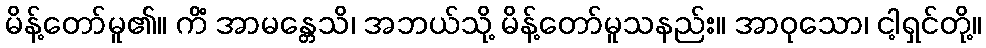
မိန့်တော်မူ၏။ ကိံ အာမန္တေသိ၊ အဘယ်သို့ မိန့်တော်မူသနည်း။ အာဝုသော၊ ငါ့ရှင်တို့။